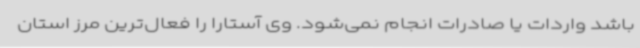
باشد واردات یا صادرات انجام نمی‌شود. وی آستارا را فعال‌ترین مرز استان